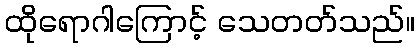
ထိုရောဂါကြောင့် သေတတ်သည်။